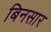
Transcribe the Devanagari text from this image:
बिनसार